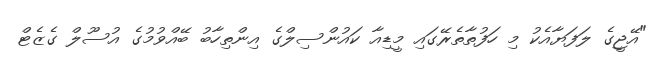
"އޭޖީގެ ލަފަޔާއެކު މި ހަފުތާތެރޭގައި މީޑިއާ ކައުންސިލްގެ އިންތިހާބު ބޭއްވުމުގެ އުސޫލް ގެޒެޓް